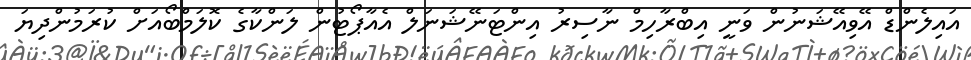
އައިލެންޑް އޭވިއޭޝަނުން ވަނީ އިބްރާހިމް ނާސިރު އިންޓަނޭޝަނަލް އެއާޕޯޓުން ލަންކާގެ ކޮލަމްބޯއަށް ކުރަމުންދިޔަ